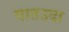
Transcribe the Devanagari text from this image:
वातउदा